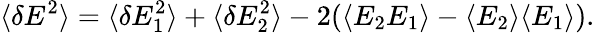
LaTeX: \langle\delta E^{2}\rangle=\langle\delta E_{1}^{2}\rangle+\langle\delta E_{2}^{2}\rangle-2(\langle E_{2}E_{1}\rangle-\langle E_{2}\rangle\langle E_{1}\rangle).